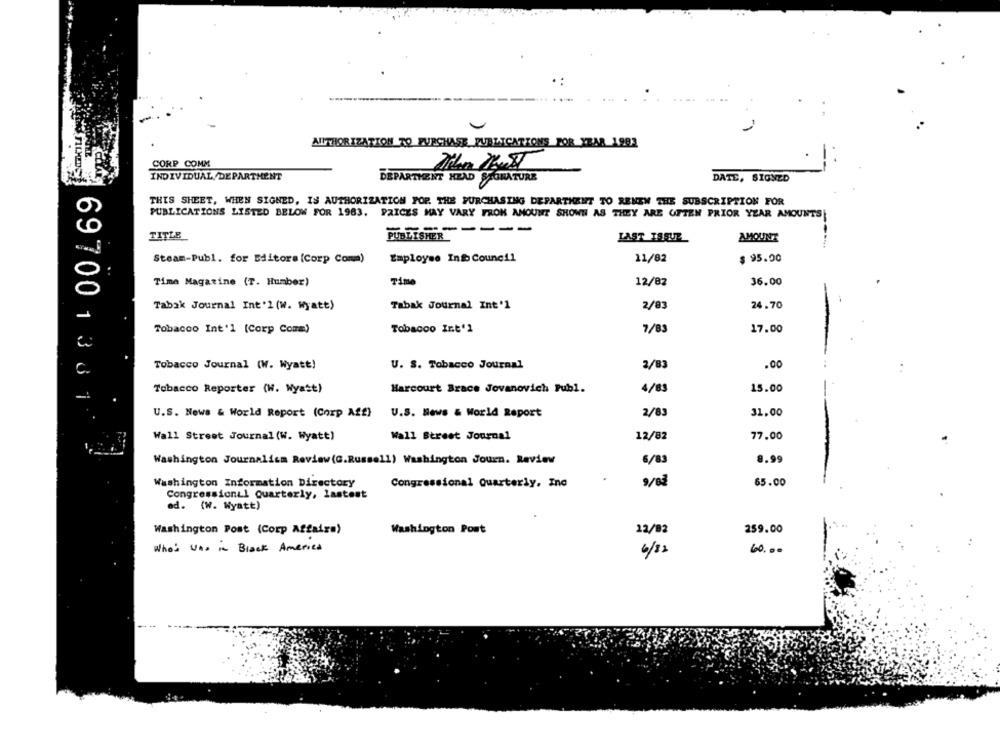
---
AUTHORIZATION TO PURCHASE_PUBLICATIONS FOR YEAR 1993
CORP COMM
INDIVIDUAL/DEPARTMENT
DEPARTMENT HEAD STURA
DATE, SIGNED
THIS SHEET, WHEN SIGNED, IS AUTHORIZATION POP. THE PURCHASING DEPARTMENT TO RENEW THE SUBSCRIPTION FOR
PUBLICATIONS LISTED BELOW FOR 1983. PRICES MAY VARY FROM AMOUNT SHOWN AS THEY ARE OFTEN PRIOR YEAR AMOUNTS
-------
TITLE
PUBLISHER
LAST ISSUE
AMOUNT
Steam-Publ. for Editore (Corp Com)
Employee Info Council
11/82
$ 95.00
Time Magazine (T. Humber)
Time
12/82
36.00
Tabak Journal Int'l (W. Wyatt)
Tabak Journal Int'l
2/83
24.70
Tobacco Int'l (Corp Comm)
Tobacco Int'1
7/83
17.00
Tobacco Journal (W. Wyatt!
U. S. Tobacco Journal
2/83
.00
Tobacco Reporter (H. Wyatt)
Harcourt Brace Jovanovich Publ.
4/83
15.00
U.S. News & World Report (Corp Aff)
U.S. News & World Report
2/83
31.00
697001361
Wall Street Journal
12/82
77.00
Wall Street Journal (W. Wyatt)
8.99
Washington Journalism Review(G.Russell) Washington Journ. Review
6/8
Washington Information Directory
Congressional Quarterly, Inc
65.00
Congressional Quarterly, lastest
ed. (W. Wyatt)
Washington Post (Corp Affairs)
Washington Post
12/02
259.00
Who's Was in Black America
60.00
6/82